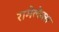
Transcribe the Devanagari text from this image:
रामेलेक्स